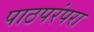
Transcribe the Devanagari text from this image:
पाठपरंपरा